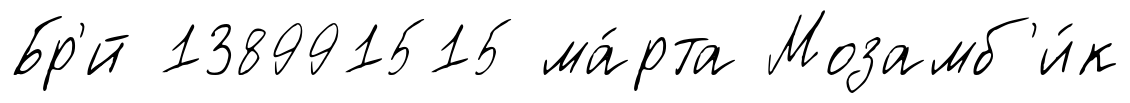
Бр'́й 138991515 ма́рта Мозамб'и́к